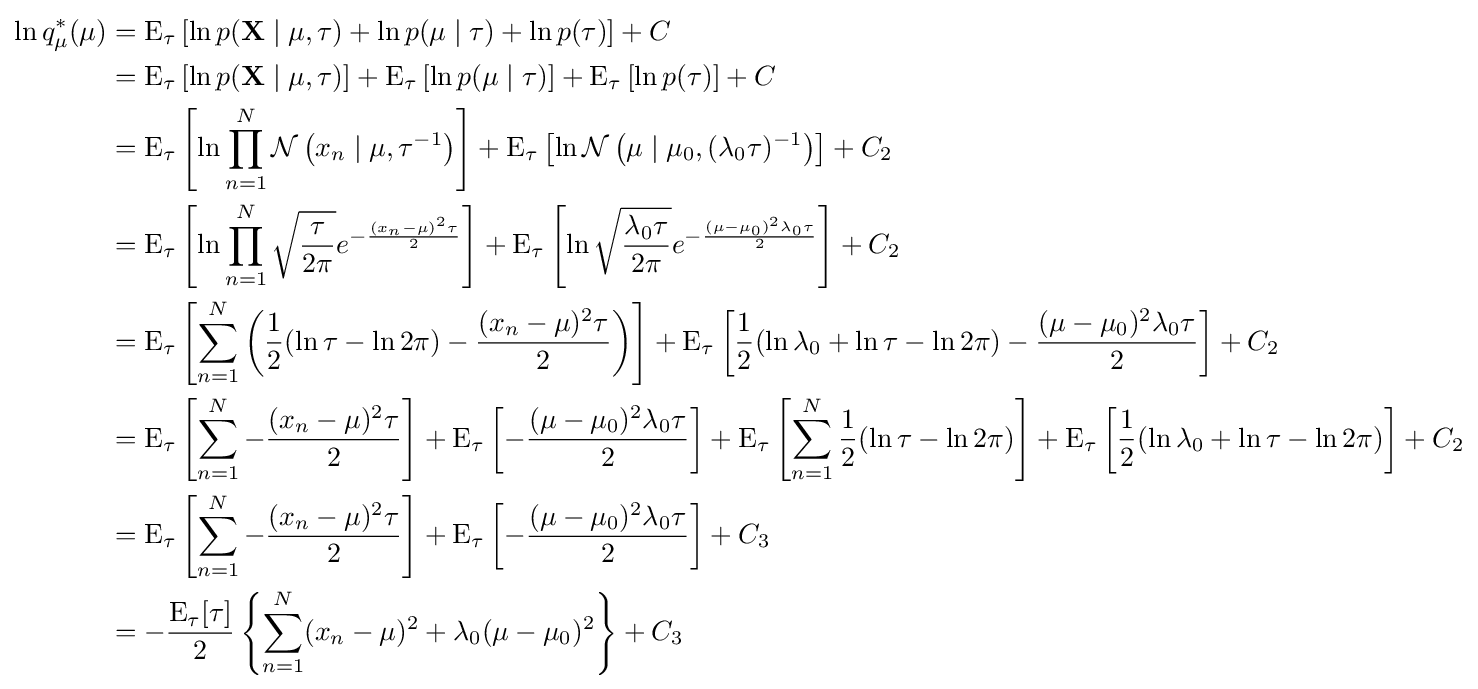
{\begin{aligned}\ln q_{\mu }^{*}(\mu )&=\operatorname {E} _{\tau }\left[\ln p(\mathbf {X} \mid \mu ,\tau )+\ln p(\mu \mid \tau )+\ln p(\tau )\right]+C\\&=\operatorname {E} _{\tau }\left[\ln p(\mathbf {X} \mid \mu ,\tau )\right]+\operatorname {E} _{\tau }\left[\ln p(\mu \mid \tau )\right]+\operatorname {E} _{\tau }\left[\ln p(\tau )\right]+C\\&=\operatorname {E} _{\tau }\left[\ln \prod _{n=1}^{N}{\mathcal {N}}\left(x_{n}\mid \mu ,\tau ^{-1}\right)\right]+\operatorname {E} _{\tau }\left[\ln {\mathcal {N}}\left(\mu \mid \mu _{0},(\lambda _{0}\tau )^{-1}\right)\right]+C_{2}\\&=\operatorname {E} _{\tau }\left[\ln \prod _{n=1}^{N}{\sqrt {\frac {\tau }{2\pi }}}e^{-{\frac {(x_{n}-\mu )^{2}\tau }{2}}}\right]+\operatorname {E} _{\tau }\left[\ln {\sqrt {\frac {\lambda _{0}\tau }{2\pi }}}e^{-{\frac {(\mu -\mu _{0})^{2}\lambda _{0}\tau }{2}}}\right]+C_{2}\\&=\operatorname {E} _{\tau }\left[\sum _{n=1}^{N}\left({\frac {1}{2}}(\ln \tau -\ln 2\pi )-{\frac {(x_{n}-\mu )^{2}\tau }{2}}\right)\right]+\operatorname {E} _{\tau }\left[{\frac {1}{2}}(\ln \lambda _{0}+\ln \tau -\ln 2\pi )-{\frac {(\mu -\mu _{0})^{2}\lambda _{0}\tau }{2}}\right]+C_{2}\\&=\operatorname {E} _{\tau }\left[\sum _{n=1}^{N}-{\frac {(x_{n}-\mu )^{2}\tau }{2}}\right]+\operatorname {E} _{\tau }\left[-{\frac {(\mu -\mu _{0})^{2}\lambda _{0}\tau }{2}}\right]+\operatorname {E} _{\tau }\left[\sum _{n=1}^{N}{\frac {1}{2}}(\ln \tau -\ln 2\pi )\right]+\operatorname {E} _{\tau }\left[{\frac {1}{2}}(\ln \lambda _{0}+\ln \tau -\ln 2\pi )\right]+C_{2}\\&=\operatorname {E} _{\tau }\left[\sum _{n=1}^{N}-{\frac {(x_{n}-\mu )^{2}\tau }{2}}\right]+\operatorname {E} _{\tau }\left[-{\frac {(\mu -\mu _{0})^{2}\lambda _{0}\tau }{2}}\right]+C_{3}\\&=-{\frac {\operatorname {E} _{\tau }[\tau ]}{2}}\left\{\sum _{n=1}^{N}(x_{n}-\mu )^{2}+\lambda _{0}(\mu -\mu _{0})^{2}\right\}+C_{3}\end{aligned}}